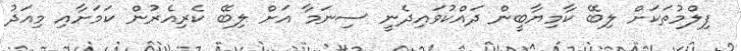
ފިލްމުތަކަށް ލިބޭ ކާމިޔާބީން ދައްކުވައިދެނީ ސިނަމާ އަށް ލިބޭ ކެރިއެރުން ކަމަށާއި މިއަދު